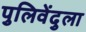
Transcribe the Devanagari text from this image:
पुलिवेंदुला